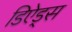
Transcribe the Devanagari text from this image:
डिऐड्स